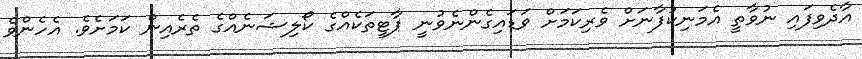
އާދެވިފައި ނުވާތީ އެމަނިކުފާނަށް ވެރިކަމަށް ވަޑައިގެންނެވުނީ ޕާޓީތަކެއްގެ ކޯލިޝަނެއްގެ ތެރެއިން ކަމަށެވެ. އެހެންވެ